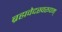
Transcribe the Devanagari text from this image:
ब्रह्मवेदस्वरूपम्